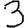
Digit: 3